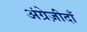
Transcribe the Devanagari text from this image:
अंग्रेज़ीदाँ